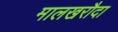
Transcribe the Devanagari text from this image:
मालखरौदा